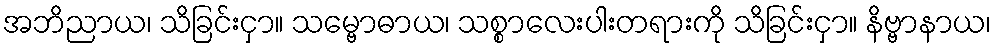
အဘိညာယ၊ သိခြင်းငှာ။ သမ္ဗောဓာယ၊ သစ္စာလေးပါးတရားကို သိခြင်းငှာ။ နိဗ္ဗာနာယ၊